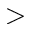
>